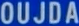
OUJDA